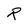
Character: R